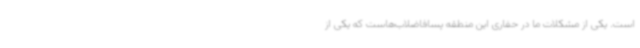
است. یکی از مشکلات ما در حفاری این منطقه پسافاضلاب‌هاست که یکی از